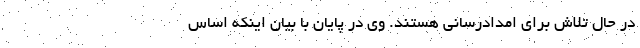
در حال تلاش برای امدادرسانی هستند. وی در پایان با بیان اینکه اساس